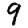
Digit: 9